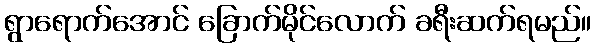
ရွာရောက်အောင် ခြောက်မိုင်လောက် ခရီးဆက်ရမည်။